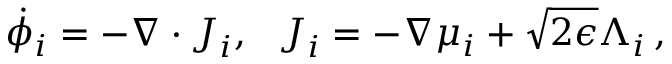
\dot { \phi } _ { i } = - \nabla \cdot \boldsymbol { J } _ { i } , ~ ~ \boldsymbol { J } _ { i } = - \nabla \mu _ { i } + \sqrt { 2 \epsilon } \boldsymbol { \Lambda } _ { i } \, ,